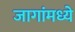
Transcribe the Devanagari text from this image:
जागांमध्ये